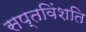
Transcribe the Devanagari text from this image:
सप्तविंशति